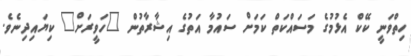
ހިތްވަނީ ކޭކް އެޅުމުގެ މަސައްކަތް ކަމަށް ސައުމާ އަތުގެ އިޝާރާތުން "ހަވީރަށް" ކިޔައިދިނެވެ.